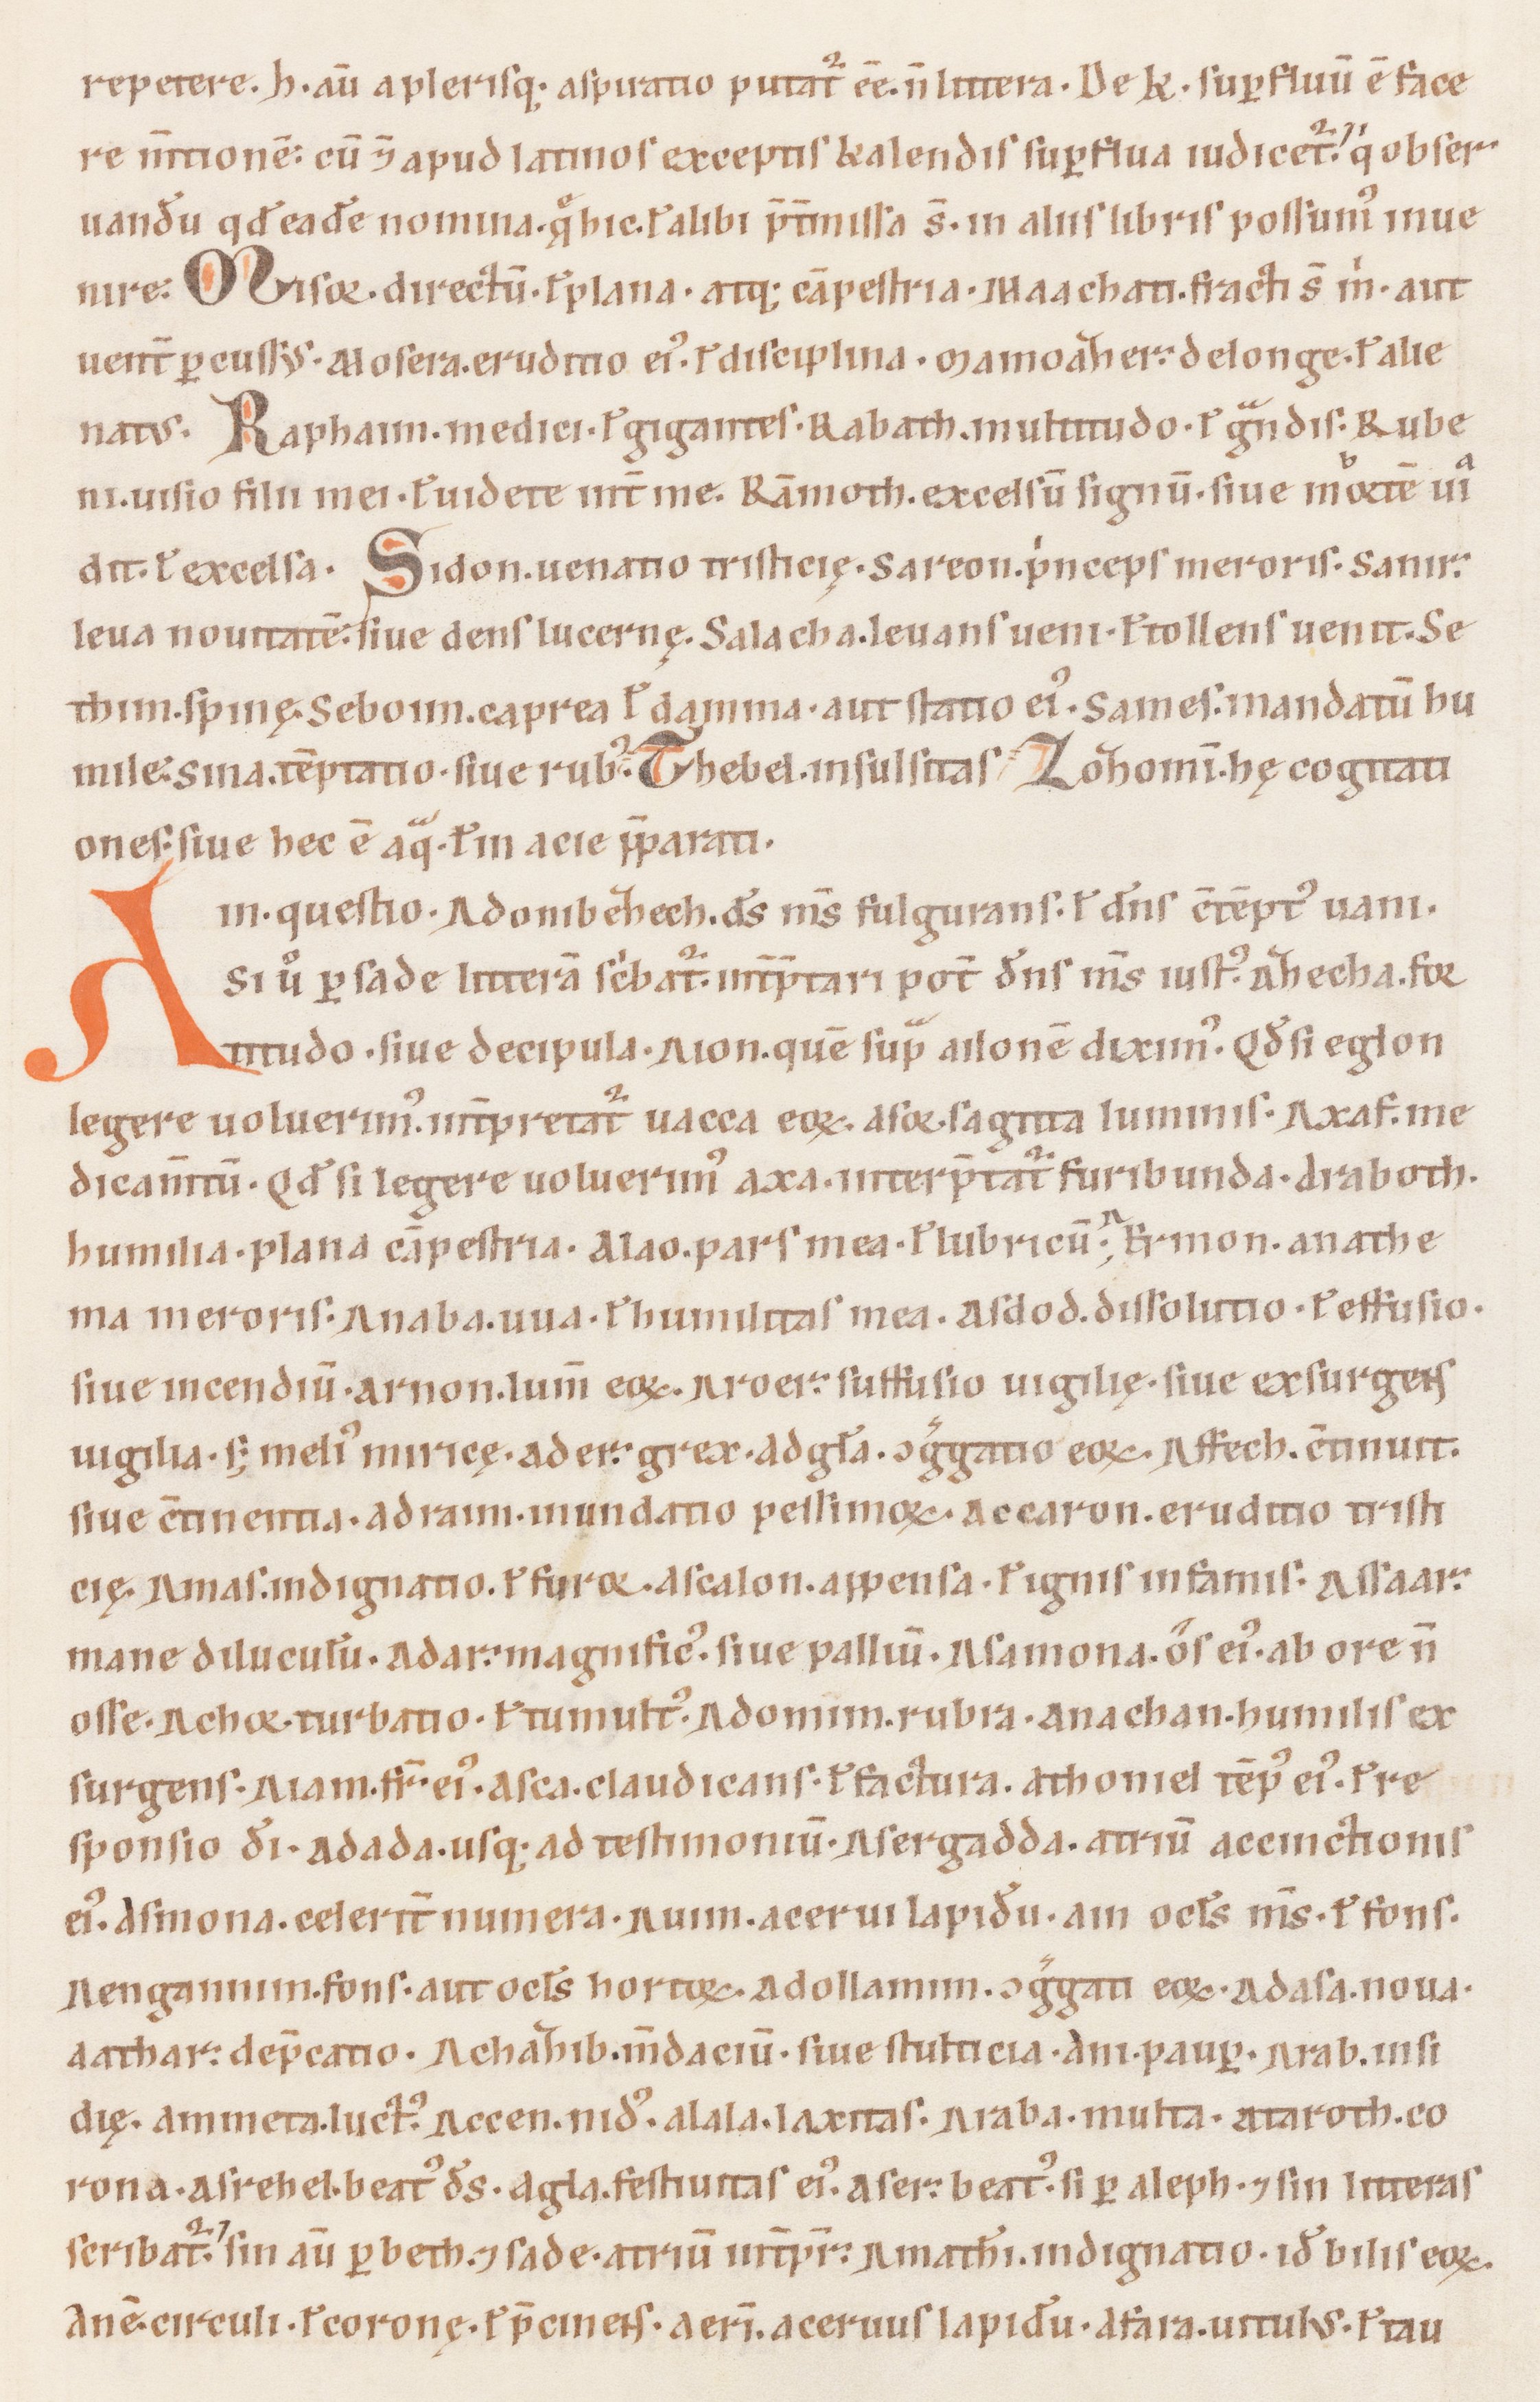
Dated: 1100–1199